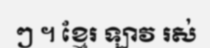
ៗ ។ ខ្មែរ ឡាវ រស់